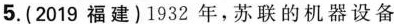
5.(2019福建)1932年，苏联的机器设备